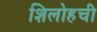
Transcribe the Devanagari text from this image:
शिलोहची